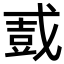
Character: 𫻿